Papaver somniferum - Opium : an extract from the sixth volume of the Dictionary of Economic Products of India
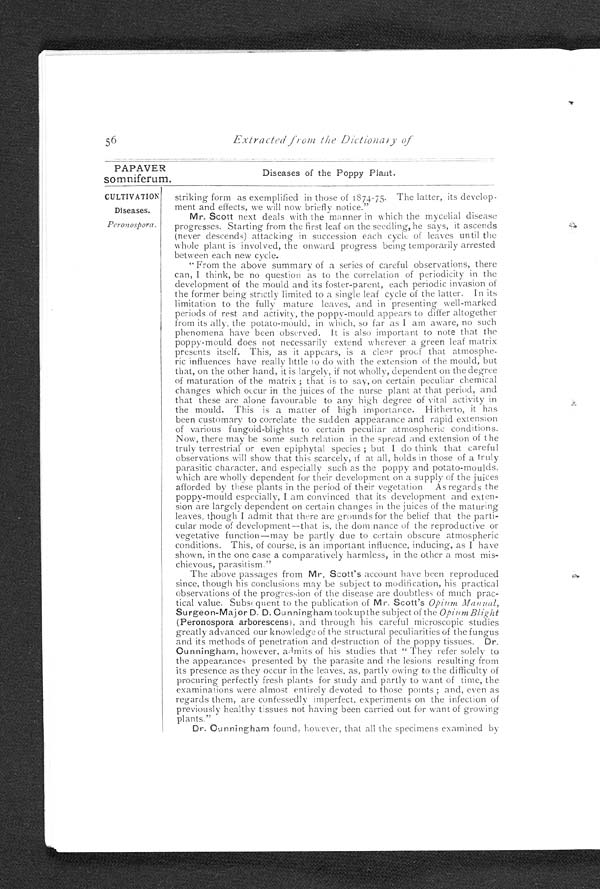
PAPAVER
somniferum.
CULTIVATION
Diseases.
Peronospora.
56
Extracted from the Dictionary of
Diseases of the Poppy Plant.
striking form as exemplified in those of 1874.75. The latter, its develop
-ment and effects, we will now briefly notice."
Mr. Scott next deals with the manner in which the mycelial disease
progresses. Starting from the first leaf on the seedling, he says, it ascends
(never descends) attacking in succession each cycle of leaves until the
whole plant is involved, the onward progress being temporarily arrested
between each new cycle.
"From the above summary of a series of careful observations, there
can, I think, be no question as to the correlation of periodicity in the
development of the mould and its foster-parent, each periodic invasion of
the former being strictly limited to a single leaf cycle of the latter. In its
limitation to the fully mature leaves, and in presenting well-marked
periods of rest and activity, the poppy-mould appears to differ altogether
from its ally. the potato-mould, in which, so far as I am aware, no such
phenomena have been observed. It is also important to note that the
poppy-mould does not necessarily extend wherever a green leaf matrix
presents itself. This, as it appears, is a clear proof that atmosphe
-ric influences have really little to do with the extension of the mould, but
that, on the other hand, it is largely, if not wholly, dependent on the degree
of maturation of the matrix; that is to say, on certain peculiar chemical
changes which occur in the juices of the nurse plant at that period, and
that these are alone favourable to any high degree of vital activity in
the mould. This is a matter of high importance. Hitherto, it has
been customary to correlate the sudden appearance and rapid extension
of various fungoid-blights to certain peculiar atmospheric conditions.
Now, there may be some such relation in the spread and extension of the
truly terrestrial or even epiphytal species; but I do think that careful
observations will show that this scarcely, if at all, holds in those of a truly
parasitic character, and especially such as the poppy and potato-moulds
,which are wholly dependent for their development on a supply of the juices
afforded by these plants in the period of their vegetation. As regards the
poppy-mould especially, I am convinced that its development and exten
-sion are largely dependent on certain changes in the juices of the maturing
leaves though I admit that there are grounds for the belief that the parti
-cular mode of development—that is, the dominance of the reproductive or
vegetative function—may be partly due to certain obscure atmospheric
conditions. This, of course, is an important influence, inducing, as I have
shown, in the one case a comparatively harmless, in the other a most mi
s-chievous, parasitism."
The above passages from Mr. Scott ' s account have been reproduced
since, though his conclusions may be subject to modification, his practical
observations of the progression of the disease are doubtless of much prac
-tical value. Subsequent to the publication of M r. Scott's Opium Manual,
Surgeon-Major D. D. Cunningham took up the subject of the Opium Blight
( Peronospora arborescens ), and through his careful microscopic studies
greatly advanced our knowledge of the structural peculiarities of the fungus
and its methods of penetration and destruction of the poppy tissues. Dr.
Cunningham, however, admits of his studies that "They refer solely to
the appearances presented by the parasite and the lesions resulting from
its presence as they occur in the leaves, as, partly owing to the difficulty of
procuring perfectly fresh plants for study and partly to want of time, the
examinations were almost entirely devoted to those points; and, even as
regards them, are confessedly imperfect. experiments on the infection of
previously healthy tissues not having been carried out for want of growing
plants."
D r . C u n n i n g h a m
f o u n d , h o w e v e r , t h a t a l l t h e s p e c i m e n s e x a m i n e d b y